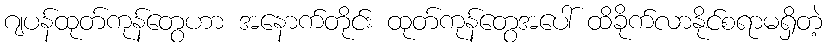
ဂျပန်ထုတ်ကုန်တွေဟာ အနောက်တိုင်း ထုတ်ကုန်တွေအပေါ် ထိခိုက်လာနိုင်စရာမရှိတဲ့